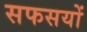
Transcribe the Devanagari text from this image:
सफसयों